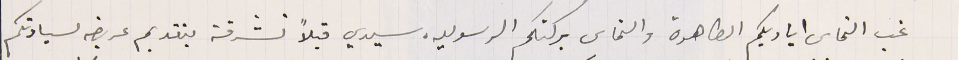
غب التماس اياديكم الطاهرة والتماس بركتكم الرسوليه. سيدي قبلاً تشرفة بتقديم عريضه لسيادتكم